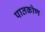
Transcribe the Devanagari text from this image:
पातकोण